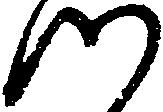
つ